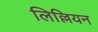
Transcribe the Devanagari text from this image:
लिल्लियन